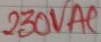
Text: 230VA1